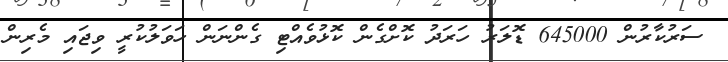
ސަރުކާރުން 645000 ޑޮލަރު ހަރަދު ކޮށްގެން ކޮޅުވެއްޓި ގެންނަން ހަވަލުކުރީ ވިޖައި މެރިން